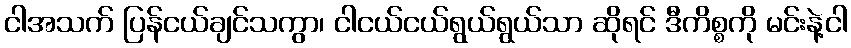
ငါအသက် ပြန်ငယ်ချင်သကွာ၊ ငါငယ်ငယ်ရွယ်ရွယ်သာ ဆိုရင် ဒီကိစ္စကို မင်းနဲ့ငါ